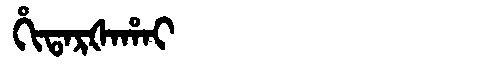
Manchu: ᡥᡳᡨᠠᡵᡧᠠᡥᠠᡳ
Romanization: HITARŠAHAI